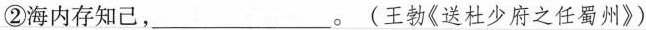
②海内存知己，___。(王勃《送杜少府之任蜀州》)